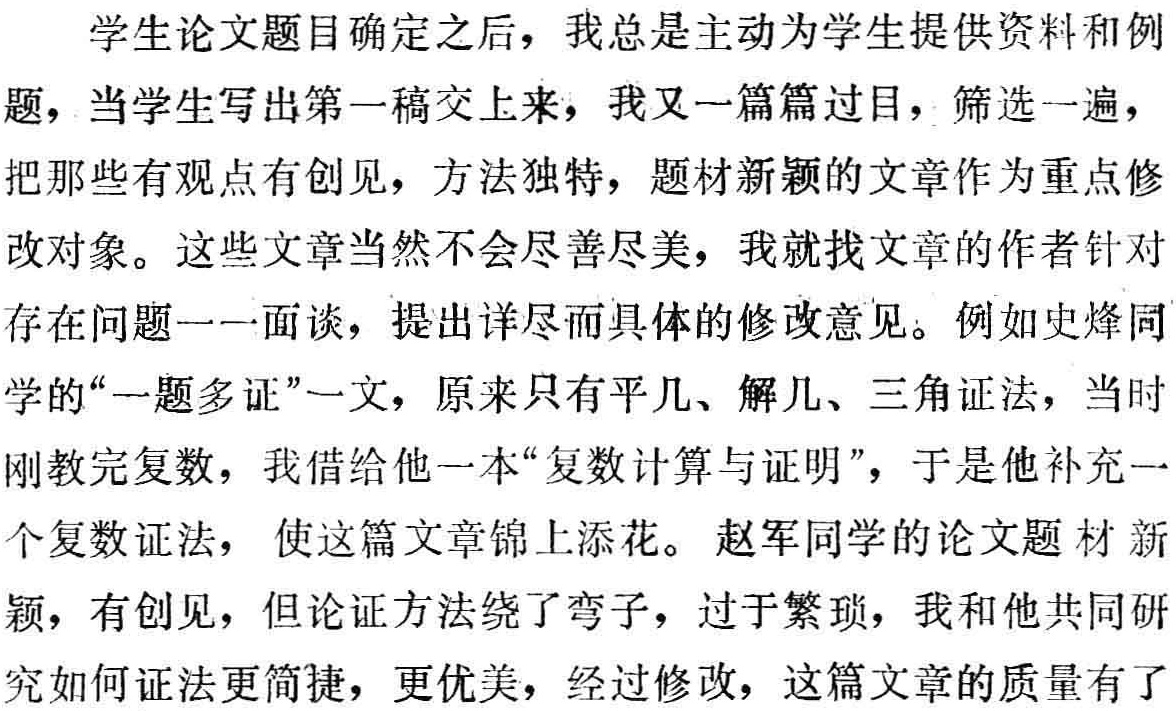
学生论文题目确定之后，我总是主动为学生提供资料和例题，当学生写出第一稿交上来，我又一篇篇过目，筛选一遍，把那些有观点有创见，方法独特，题材新颖的文章作为重点修改对象。这些文章当然不会尽善尽美，我就找文章的作者针对存在问题一一面谈，提出详尽而具体的修改意见。例如史烽同学的“一题多证”一文，原来只有平几、解几、三角证法，当时刚教完复数，我借给他一本“复数计算与证明”，于是他补充一个复数证法， 使这篇文章锦上添花。赵军同学的论文题材新颖，有创见，但论证方法绕了弯子，过于繁琐，我和他共同研究如何证法更简捷，更优美，经过修改，这篇文章的质量有了